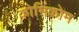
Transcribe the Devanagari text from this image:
कोमिक्रोम